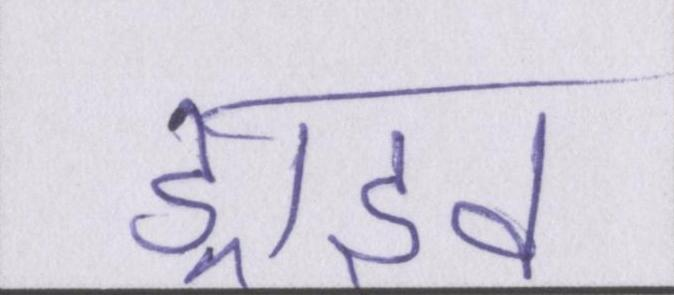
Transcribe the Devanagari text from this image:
ड्राइव